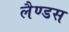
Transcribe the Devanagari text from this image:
लैण्डस